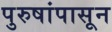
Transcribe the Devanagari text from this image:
पुरुषांपासून